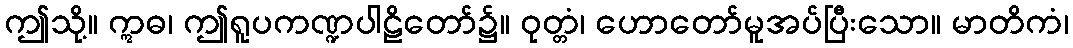
ဤသို့။ ဣဓ၊ ဤရူပကဏ္ဍပါဠိတော်၌။ ဝုတ္တံ၊ ဟောတော်မူအပ်ပြီးသော။ မာတိကံ၊